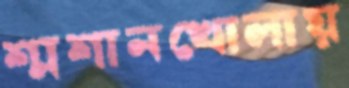
শ্মশানখোলায়